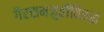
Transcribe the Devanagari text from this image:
गैरसमजुतींविरुद्ध